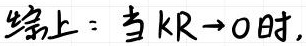
综上：当$kR \to 0$时，